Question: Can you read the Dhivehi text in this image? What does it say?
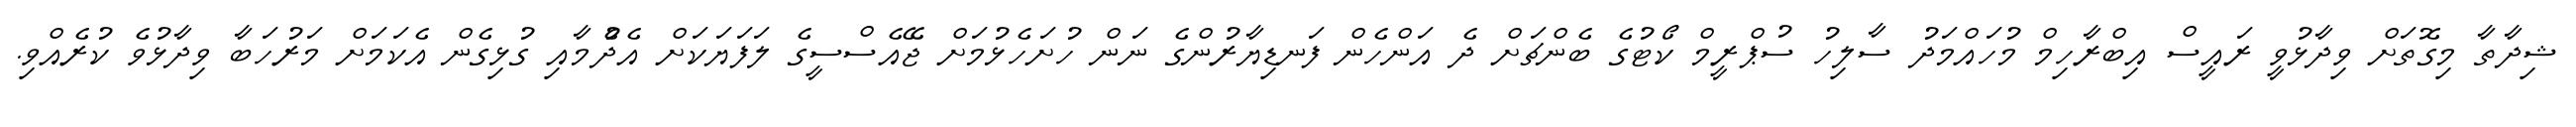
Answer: ޝިދާތާ މިގޮތަށް ވިދާޅުވީ ރައީސް އިބްރާހިމް މުހައްމަދު ސާލިހު ސުޕްރީމް ކޯޓުގެ ބެންޗަށް ދެ އަންހެން ފަނޑިޔާރުންގެ ނަން ހުށަހެޅުމަށް ޖޭއެސްސީގެ ލަފަޔަކަށް އެދެުމާއި ގުޅިގެން އެކަމަށް މަރުހަބާ ވިދާޅުވެ ކުރެއްވި.